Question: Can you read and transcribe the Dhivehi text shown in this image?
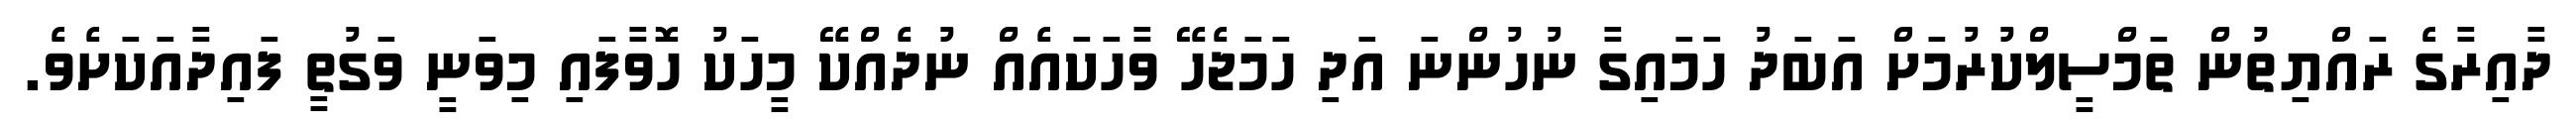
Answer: ދާއިރާގެ ރައްޔިތުން ތަމްސީލްކުރުމަށް އަބަދު ހަމައިގާ ނުހުންނަ އަދި ހަމަޖެހޭ ވާހަކައެއް ނުދެއްކޭ މީހަކު ހޮވާފައި މިވަނީ ވަގުތީ ފައިދާއަކަށެވެ.